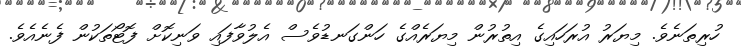
ހުރިތަނެވެ. މިޔަރު އުރަހައިގެ އިތުރުން މިޔަރެއްގެ ހަންގަނޑުވެސް އެލުވާފައި ވަނިކޮށް ފޮޓޯތަކުން ފެނެއެވެ.